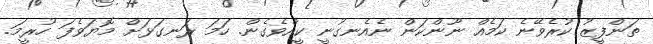
ތަންފީޒު ކުރެވޭނެ ކަމެއް ނޫންކަން ނެއެނގުނީ ކީއްވެގެން. ހަމަ ރަނގަޅަށް މޮޔަވެފަ ހުރީމަ.